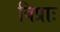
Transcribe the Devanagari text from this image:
विप्राः